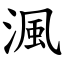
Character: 渢